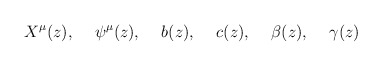
\begin{align*}X^{\mu}(z), \hspace{.5cm} \psi^{\mu}(z), \hspace{.5cm} b(z),\hspace{.5cm} c(z), \hspace{.5cm} \beta(z), \hspace{.5cm}\gamma(z)\end{align*}